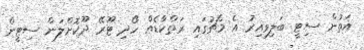
އަތުން ސިޓީ ބަލިވިއިރު އެ މެޗުގައި ރަތްކާޑެއް ހޯދި ޓޫރޭ ދޫކޮށްލަން ސިޓީން